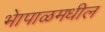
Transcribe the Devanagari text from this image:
भेापाळमधील